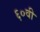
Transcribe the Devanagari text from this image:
६०वी